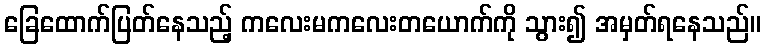
ခြေထောက်ပြတ်နေသည့် ကလေးမကလေးတယောက်ကို သွား၍ အမှတ်ရနေသည်။